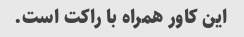
این کاور همراه با راکت است.